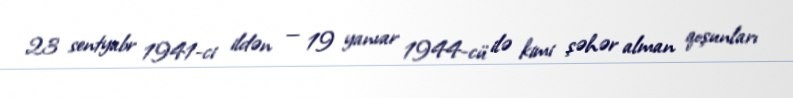
23 sentyabr 1941-ci ildən — 19 yanvar 1944-cü ilə kimi şəhər alman qoşunları